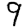
Digit: 9